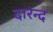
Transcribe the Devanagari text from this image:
दारन्द